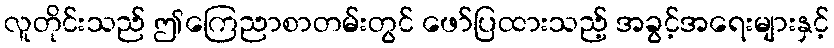
လူတိုင်းသည် ဤကြေညာစာတမ်းတွင် ဖော်ပြထားသည့် အခွင့်အရေးများနှင့်